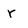
Character: r